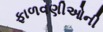
ફાળવણીઓની